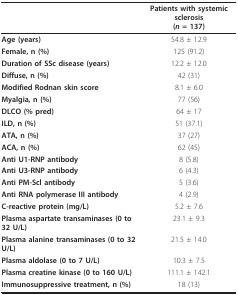
|  | Patients with systemic sclerosis(n = 137) |
 | --- | --- |
 | Age (years) | 54.8 ± 12.9 |
 | Female, n (%) | 125 (91.2) |
 | Duration of SSc disease (years) | 12.2 ± 12.0 |
 | Diffuse, n (%) | 42 (31) |
 | Modified Rodnan skin score | 8.1 ± 6.0 |
 | Myalgia, n (%) | 77 (56) |
 | DLCO (% pred) | 64 ± 17 |
 | ILD, n (%) | 51 (37.1) |
 | ATA, n (%) | 37 (27) |
 | ACA, n (%) | 62 (45) |
 | Anti U1-RNP antibody | 8 (5.8) |
 | Anti U3-RNP antibody | 6 (4.3) |
 | Anti PM-Scl antibody | 5 (3.6) |
 | Anti RNA polymerase III antibody | 4 (2.9) |
 | C-reactive protein (mg/L) | 5.2 ± 7.6 |
 | Plasma aspartate transaminases (0 to 32 U/L) | 23.1 ± 9.3 |
 | Plasma alanine transaminases (0 to 32 U/L) | 21.5 ± 14.0 |
 | Plasma aldolase (0 to 7 U/L) | 10.3 ± 7.5 |
 | Plasma creatine kinase (0 to 160 U/L) | 111.1 ± 142.1 |
 | Immunosuppressive treatment, n (%) | 18 (13) |